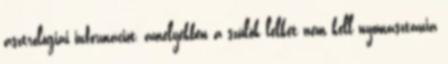
asztrológiai információt, amelyekben a szülõk lelkét nem kell nyomasztania